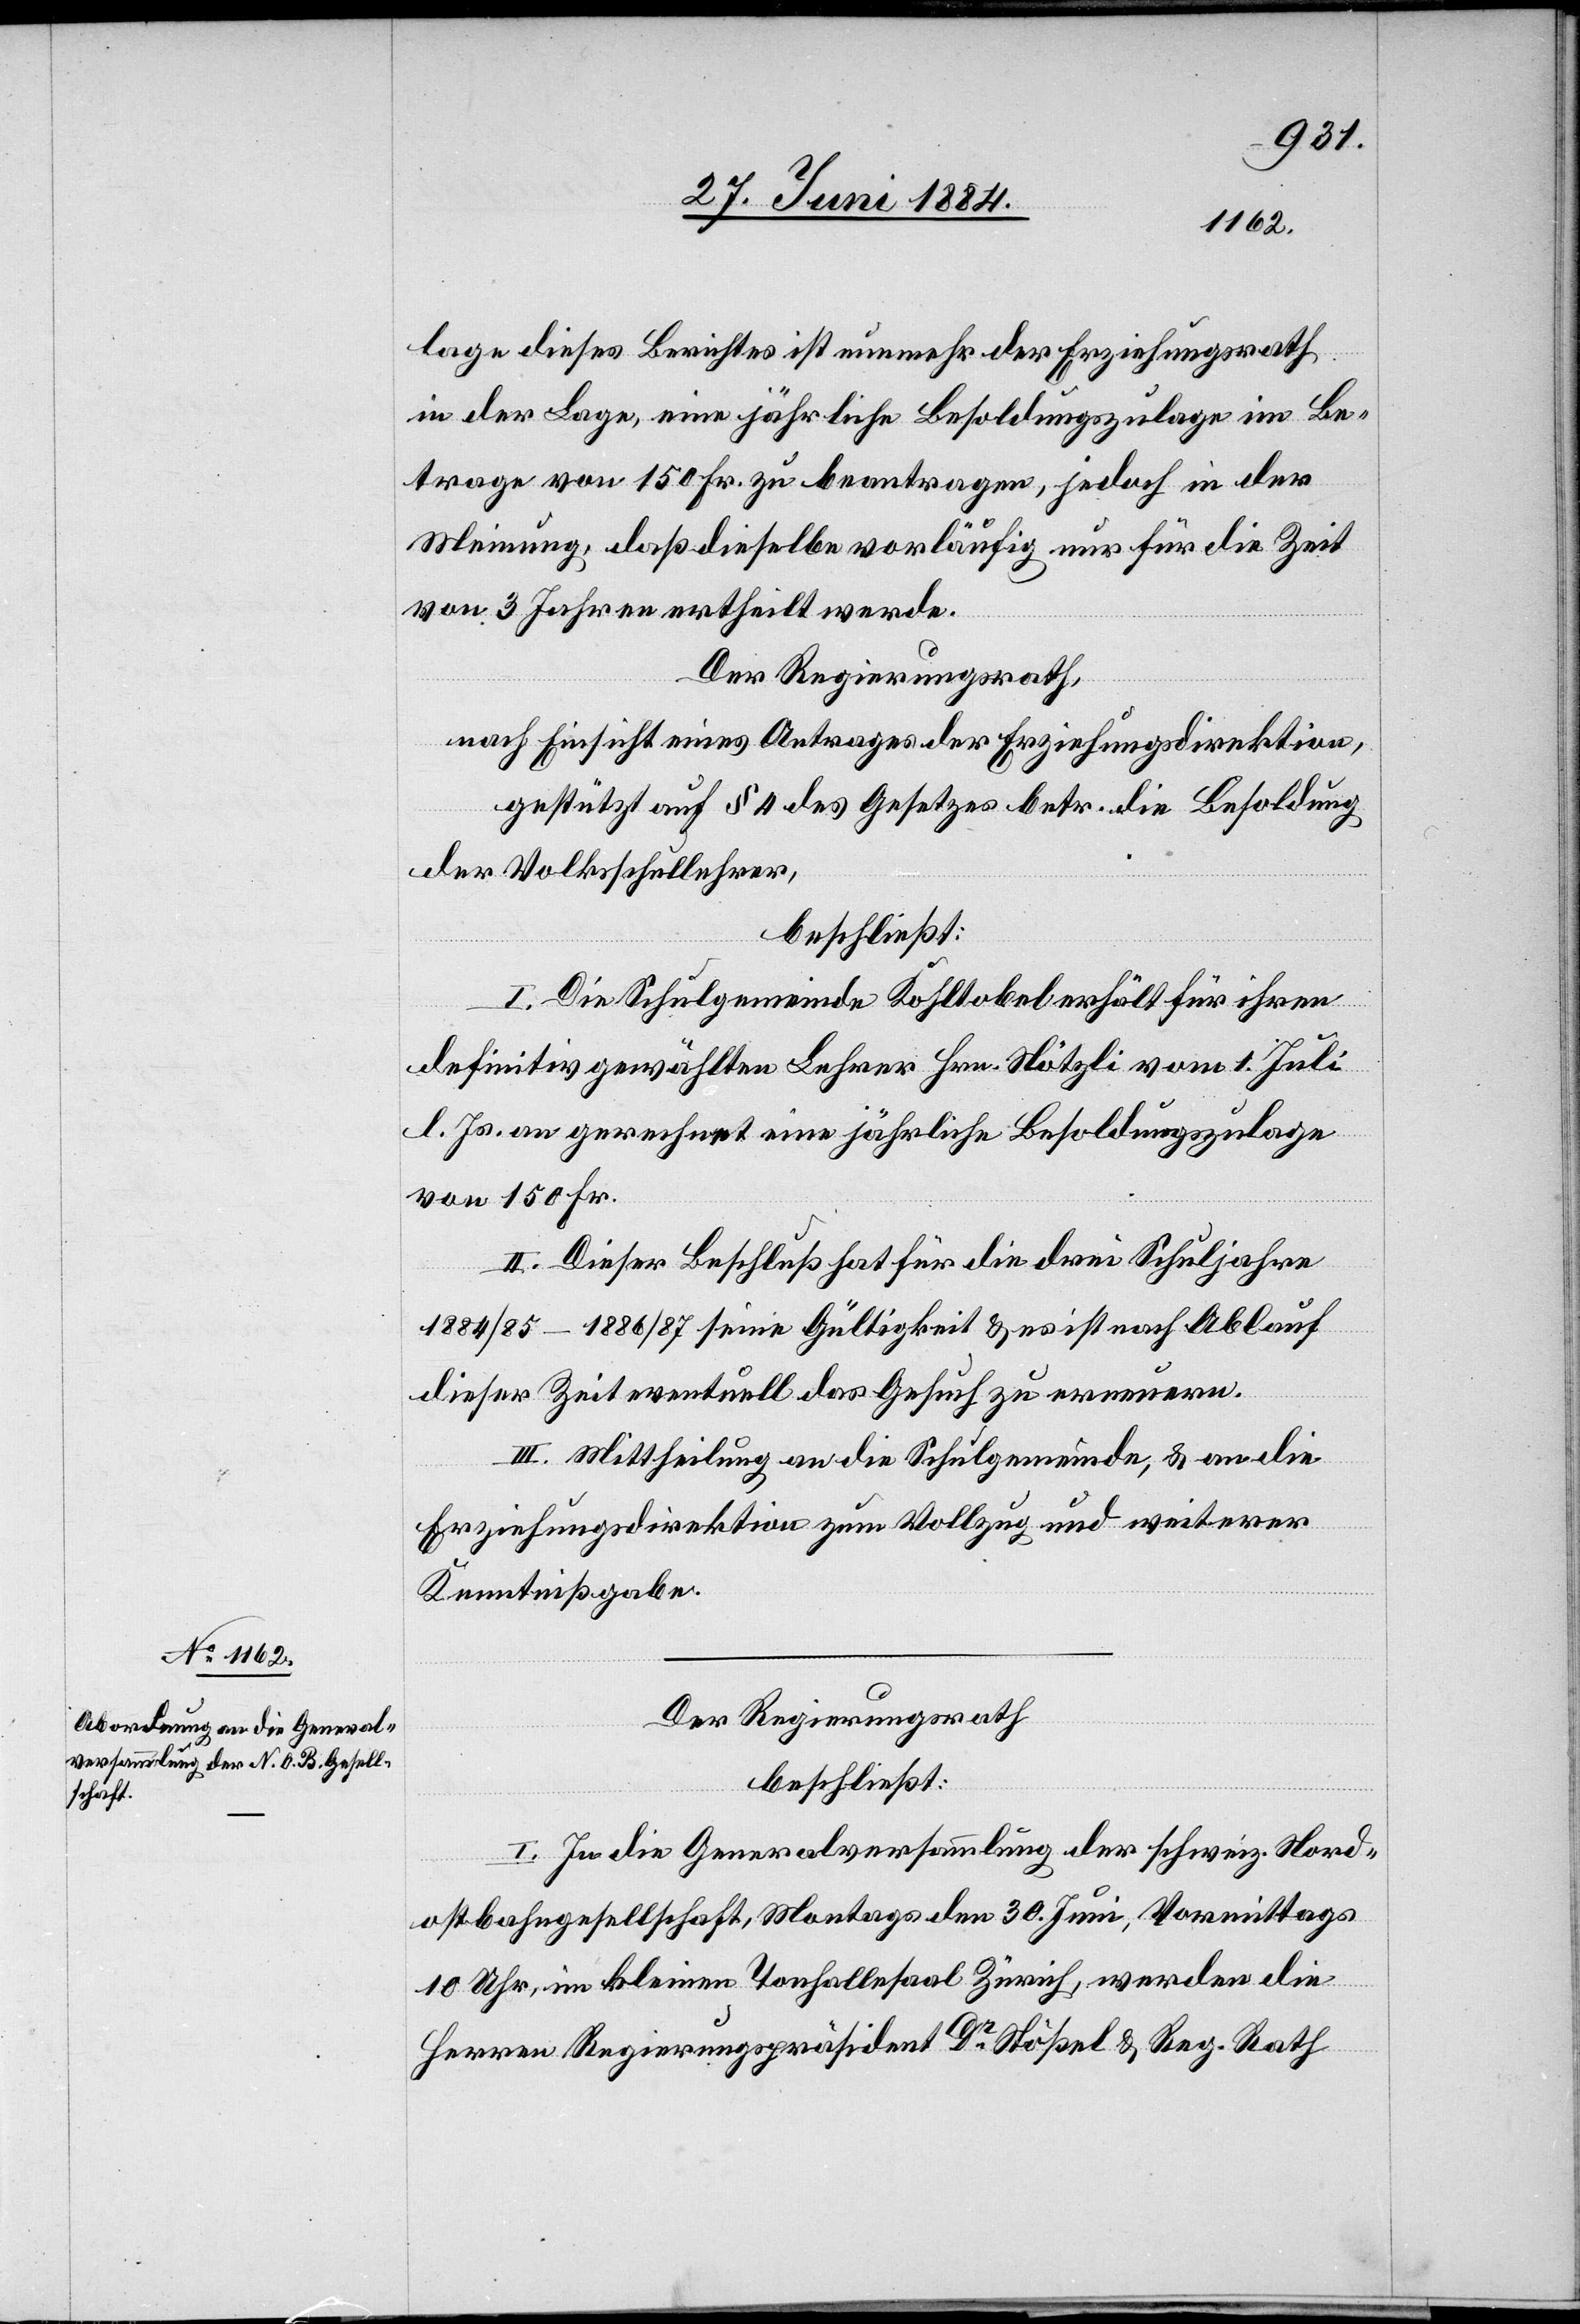
lage dieses Berichtes ist nunmehr der Erziehungsrath
in der Lage, eine jährliche Besoldungszulage im Be¬
trag von 150 Fr. zu beantragen, jedoch in der
Meinung, daß dieselbe vorläufig nur für die Zeit
von 3 Jahren ertheilt werde.
Der Regierungsrath,
nach Einsicht eines Antrages der Erziehungsdirektion,
gestützt auf § 4 des Gesetzes betr. die Besoldung
der Volksschullehrer,
beschließt:
I. Die Schulgemeinde Kohltobel erhält für ihren
definitiv gewählten Lehrer Hrn. Nötzli vom 1. Juli
l. Js. an gerechnet eine jährliche Besoldungszulage
von 150 Fr.
II. Dieser Beschluß hat für die drei Schuljahre
1884/85–1886/87 seine Gültigkeit & es ist nach Ablauf
dieser Zeit eventuell das Gesuch zu erneuern.
III. Mittheilung an die Schulgemeinde, & an die
Erziehungsdirektion zum Vollzug und weiterer
Kenntnißgabe.
Der Regierungsrath
beschließt:
I. In die Generalversammlung der schweiz. Nord¬
ostbahngesellschaft, Montags den 30. Juni, Vormittags
10 Uhr, im kleinen Tonhallesaal Zürich, werden die
Herren Regierungspräsidenten Dr Stößel & Reg. Rath